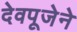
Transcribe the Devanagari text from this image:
देवपूजेने